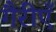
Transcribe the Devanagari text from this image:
गैरीएँ